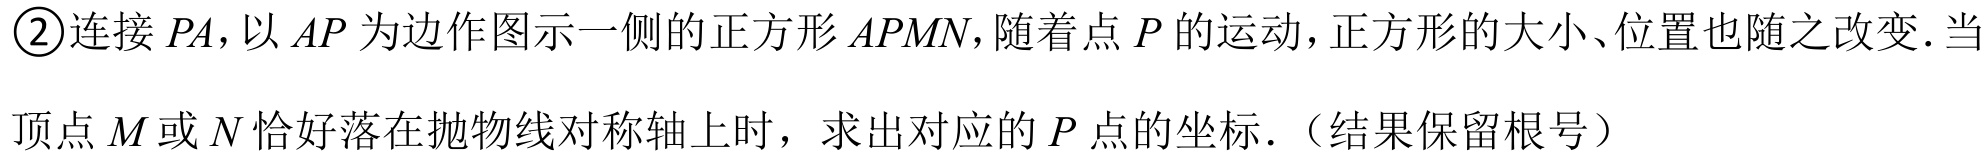
\textcircled{2}连接\(PA\)，以\(AP\)为边作图示一侧的正方形\(APMN\)，随着点\(P\)的运动，正方形的大小、位置也随之改变. 当顶点\(M\)或\(N\)恰好落在抛物线对称轴上时，求出对应的\(P\)点的坐标.（结果保留根号）